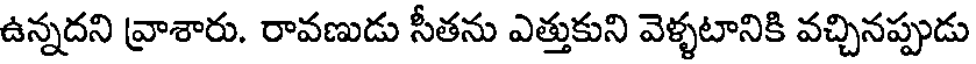
ఉన్నదని వ్రాశారు. రావణుడు సీతను ఎత్తుకుని వెళ్ళటానికి వచ్చినప్పుడు